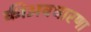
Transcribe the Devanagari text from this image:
कीअवधारणा